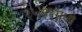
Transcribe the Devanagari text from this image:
१५७१मध्ये